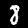
Label: 8